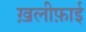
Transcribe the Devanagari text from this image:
ख़लीफ़ाई